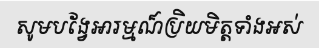
សូមបង្វែអារម្មណ៏ប្រិយមិត្តទាំងអស់